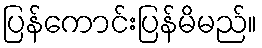
ပြန်ကောင်းပြန်မိမည်။